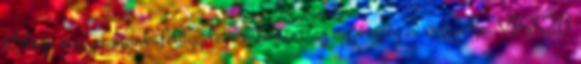
Kolozs megyei munkafelügyelet, valamint az ügyészség is vizsgálja. VISSZA